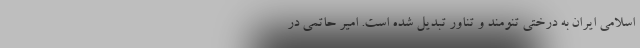
اسلامی ایران به درختی تنومند و تناور تبدیل شده است. امیر حاتمی در